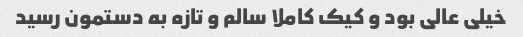
خیلی عالی بود و کیک کاملا سالم و تازه به دستمون رسید